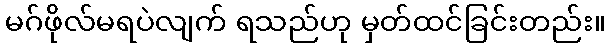
မဂ်ဖိုလ်မရပဲလျက် ရသည်ဟု မှတ်ထင်ခြင်းတည်း။